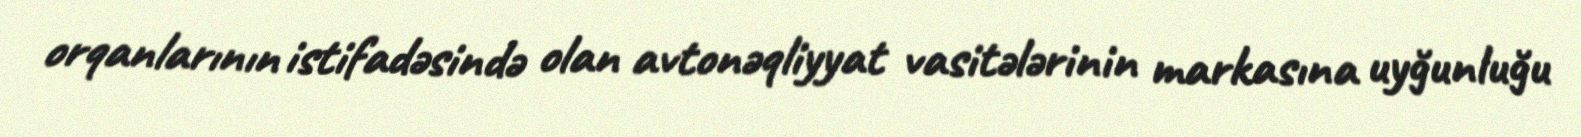
orqanlarının istifadəsində olan avtonəqliyyat vasitələrinin markasına uyğunluğu